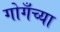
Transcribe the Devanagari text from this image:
गोगँच्या